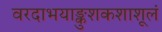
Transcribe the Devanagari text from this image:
वरदाभयाङ्कुशकशाशूलं